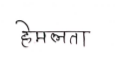
मजकूर: हेमलता